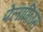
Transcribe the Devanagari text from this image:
पेलागिउस